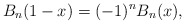
\begin{align*}B_n (1 - x) = ( - 1)^n B_n (x),\end{align*}